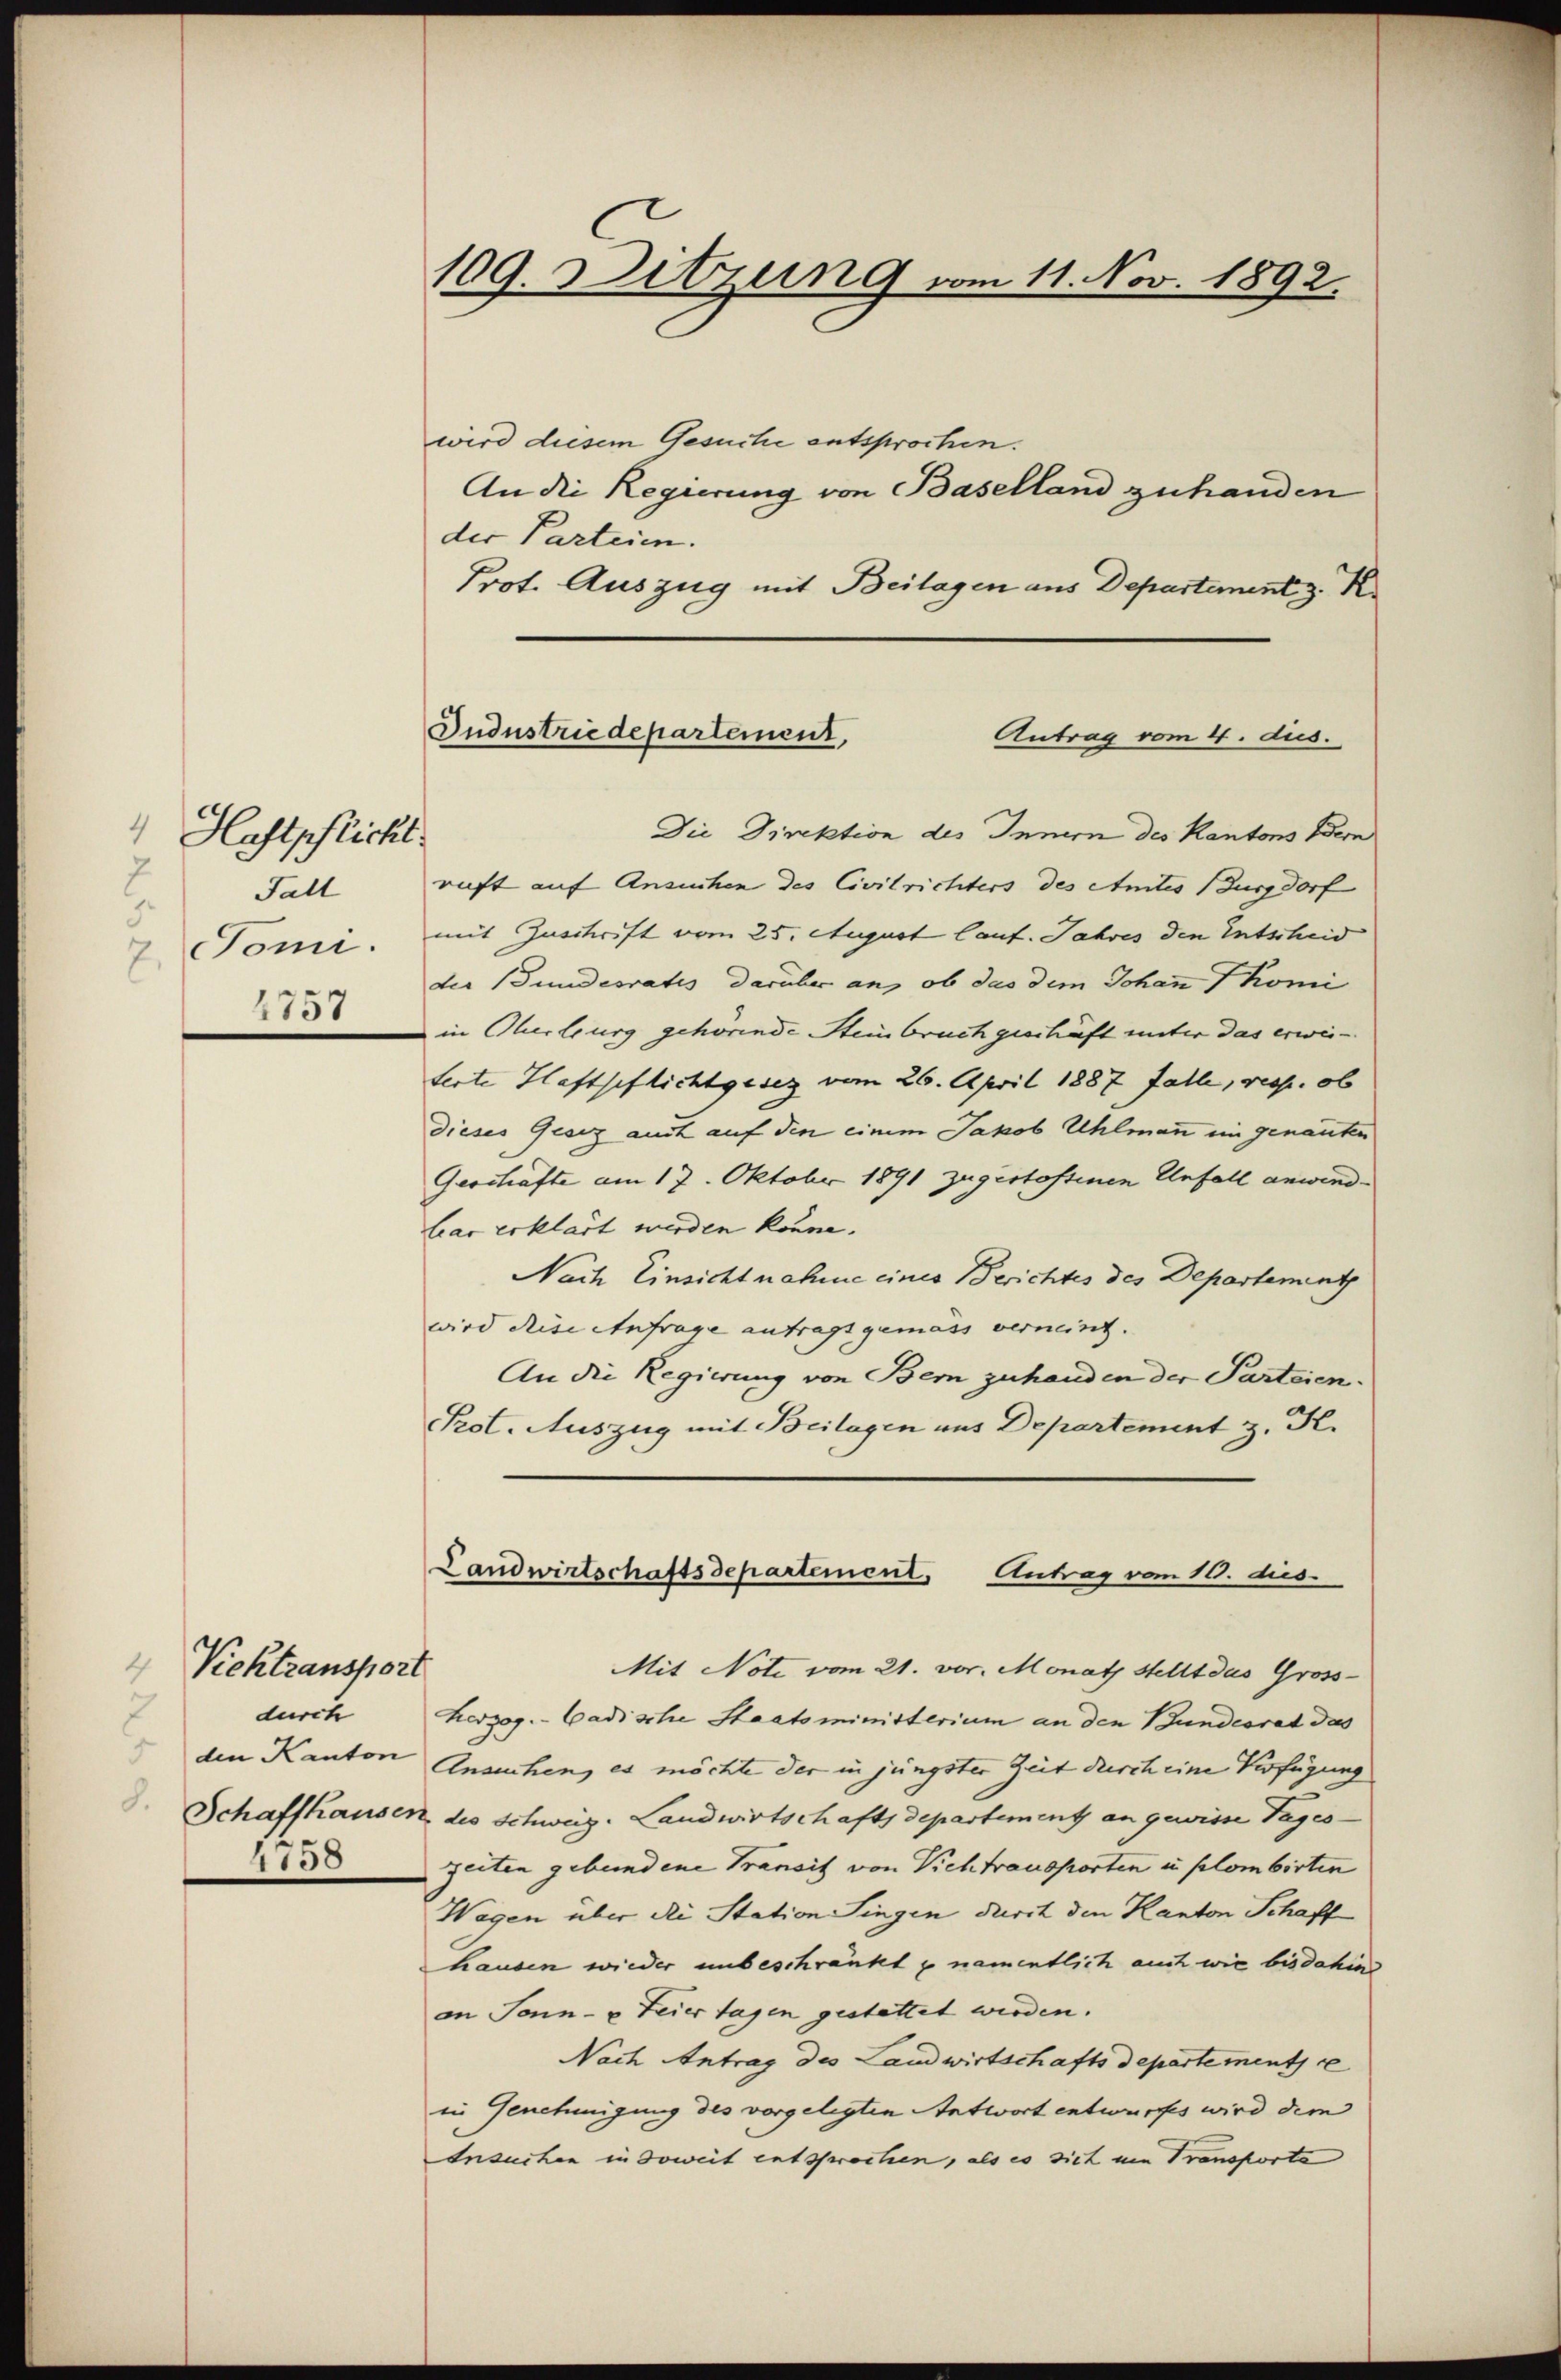
4
Haftpflicht.
 Fall
Tomi.
7.
1757

Vichtransport
7
durch
4758

109. Ditzung vom 11. Nov. 1892.

Industriedepartement,
Antrag vom 4. dus.
Die Direktion des Innern des Kantons Bern

wird diesem Gesuche entsprochen.
An die Regierung von Baselland zuhanden
der Parteien.
Prot. Auszug mit Beilagen aus Departement z. R.
ruft auf Ansuchen des Civilrichters des Amtes Burgdorf
mit Zuschrift vom 25. August lauf. Jahres den Entscheid
der Bundesratis darüber an, ob das dem Johann komi
in Oberburg gehörende Steinbruch geschäft unter das erwieterte Haftspflichtgesez vom 26. April 1887 falle, resp. ob
dieses Gesez auch auf den einem Jakob Uhlmann im genanten
Geschäfte am 17. Oktober 1891 zugestossenen Unfall anwindbar erklärt werden könne.
Nach Einsicht nahme eines Berichtes des Departement
wird diese Anfrage antragt gemäss verneint.
An die Regierung von Bern zuhanden der Parteien.
Prot. Auszug mit Beilagen aus Departement z. K.
Landwirtschaftsdepartement, Antrag vom 10. dies
Mit Note vom 21. vor. Monath Stellt das Gross-
herzog. - Cadische Staatsministerium an den Bundesrat das
den Kanton Ansuchen, es möchte der in jüngster Zeit durch eine Verfügung
 Schaffhausen, des Schweiz. Landwirtschafts departement an gewisse Tages-
zeiten gebundene Transit von Vichtransporten u. plombirten
Wagen über die Station Singen darit den Kanton Schaff
hausen wieder unbeschränkt u namentlich auch wie bisdahin
an Sonn- u Feier tagen gestattet werden.
Nach Antrag des Landwirtschaftsdepartement e
in Genehmigung des vorgelegten Antwort entwurfes wird dem
Insuchen in Soweit entsprochen, als es sich um Transporta